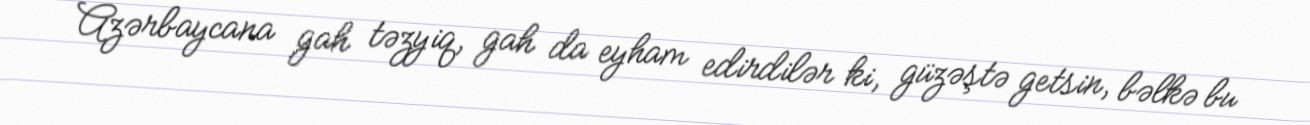
Azərbaycana gah təzyiq, gah da eyham edirdilər ki, güzəştə getsin, bəlkə bu